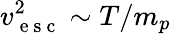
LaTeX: v_{\mathrm{~e~s~c~}}^{2}\sim T/m_{p}